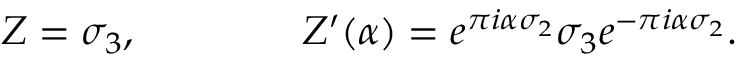
Z = \sigma _ { 3 } , \qquad \qquad Z ^ { \prime } ( \alpha ) = e ^ { \pi i \alpha \sigma _ { 2 } } \sigma _ { 3 } e ^ { - \pi i \alpha \sigma _ { 2 } } .